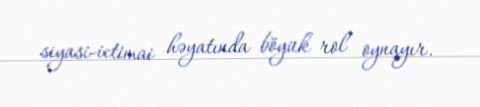
siyasi-ictimai həyatında böyük rol oynayır.